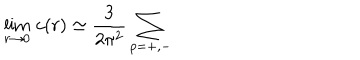
LaTeX: \lim _ { r \rightarrow 0 } \, c ( r ) \simeq \frac { 3 } { 2 \pi ^ { 2 } } \sum _ { p = + , - }